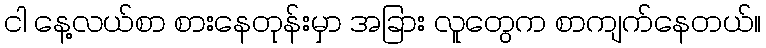
ငါ နေ့လယ်စာ စားနေတုန်းမှာ အခြား လူတွေက စာကျက်နေတယ်။